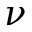
\nu